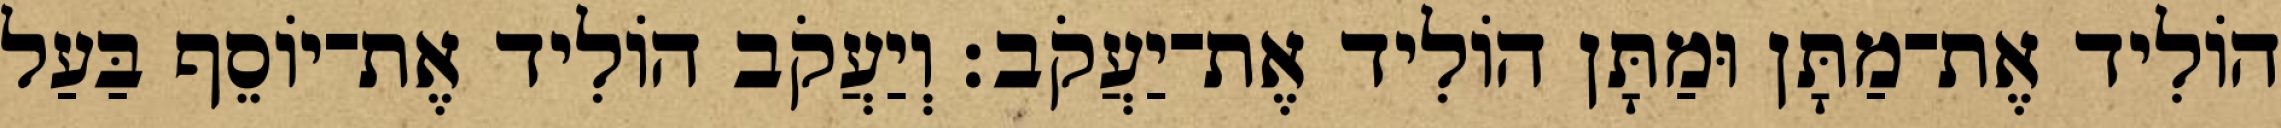
הוֹלִיד אֶת־מַתָּן וּמַתָּן הוֹלִיד אֶת־יַעֲקֹב׃ וְיַעֲקֹב הוֹלִיד אֶת־יוֹסֵף בַּעַל